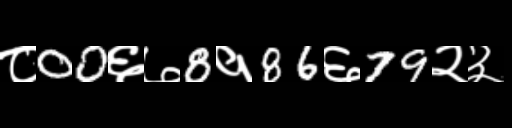
Text: ८00६७8१86६79२३